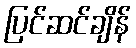
ပြင်ဆင်ချိန်